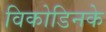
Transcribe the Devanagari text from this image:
विकोडिनके